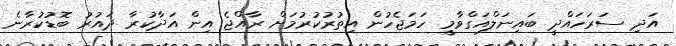
އަދި ސަރަހައްދީ ބައިނަލްއަގްވާމީ ހަމަޖެހުން އިތުރުކުރުމަށް ރާއްޖެ އިން އަދާކުރާ ދައުރު ބޮޑުކުރާނެ